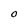
Character: o